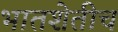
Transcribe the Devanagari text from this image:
भातशेतीच